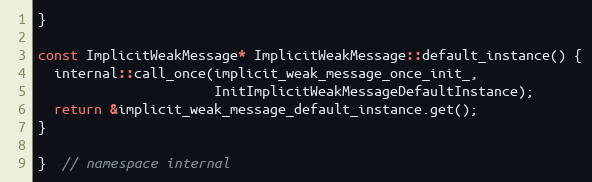
Language: C++
}

const ImplicitWeakMessage* ImplicitWeakMessage::default_instance() {
  internal::call_once(implicit_weak_message_once_init_,
                      InitImplicitWeakMessageDefaultInstance);
  return &implicit_weak_message_default_instance.get();
}

}  // namespace internal